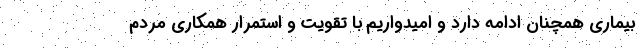
بیماری همچنان ادامه دارد و امیدواریم با تقویت و استمرار همکاری مردم